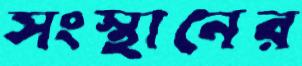
সংস্থানের